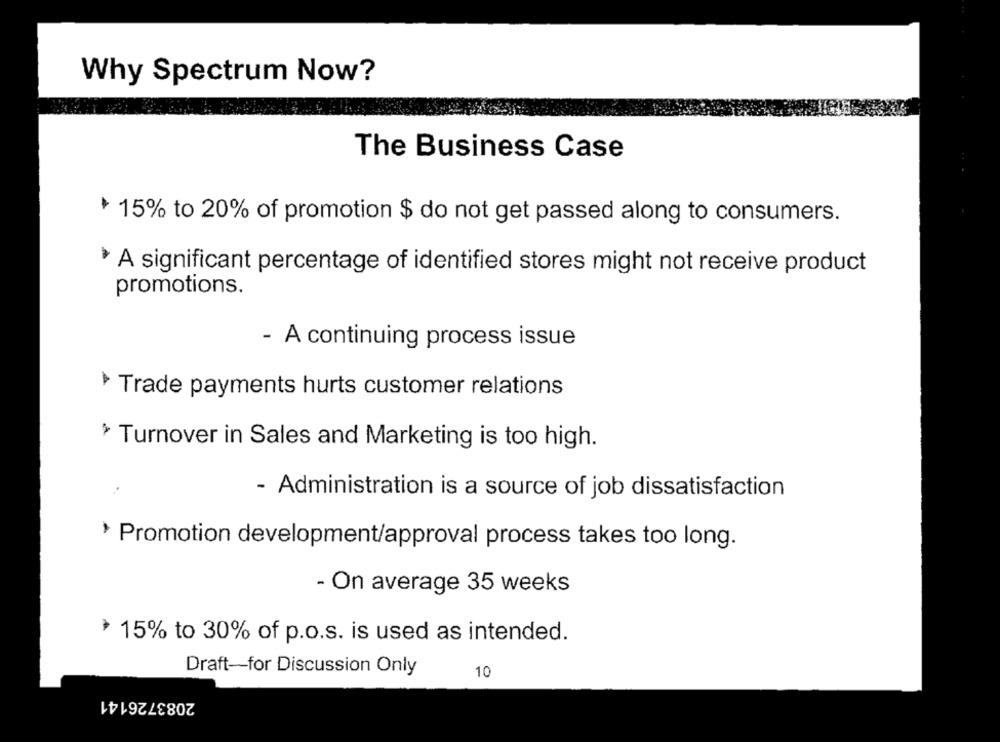
Why Spectrum Now?
The Business Case
* 15% to 20% of promotion $ do not get passed along to consumers.
* A significant percentage of identified stores might not receive product
promotions.
- A continuing process issue
Trade payments hurts customer relations
› Turnover in Sales and Marketing is too high.
- Administration is a source of job dissatisfaction
› Promotion development/approval process takes too long.
- On average 35 weeks
* 15% to 30% of p.o.s. is used as intended.
Draft-for Discussion Only
10
2083726141